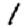
Digit: 1